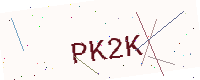
Text: PK2K